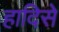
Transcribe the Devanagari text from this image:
हादिसे